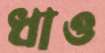
ধাও